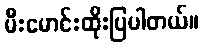
မီးမောင်းထိုးပြပါတယ်။